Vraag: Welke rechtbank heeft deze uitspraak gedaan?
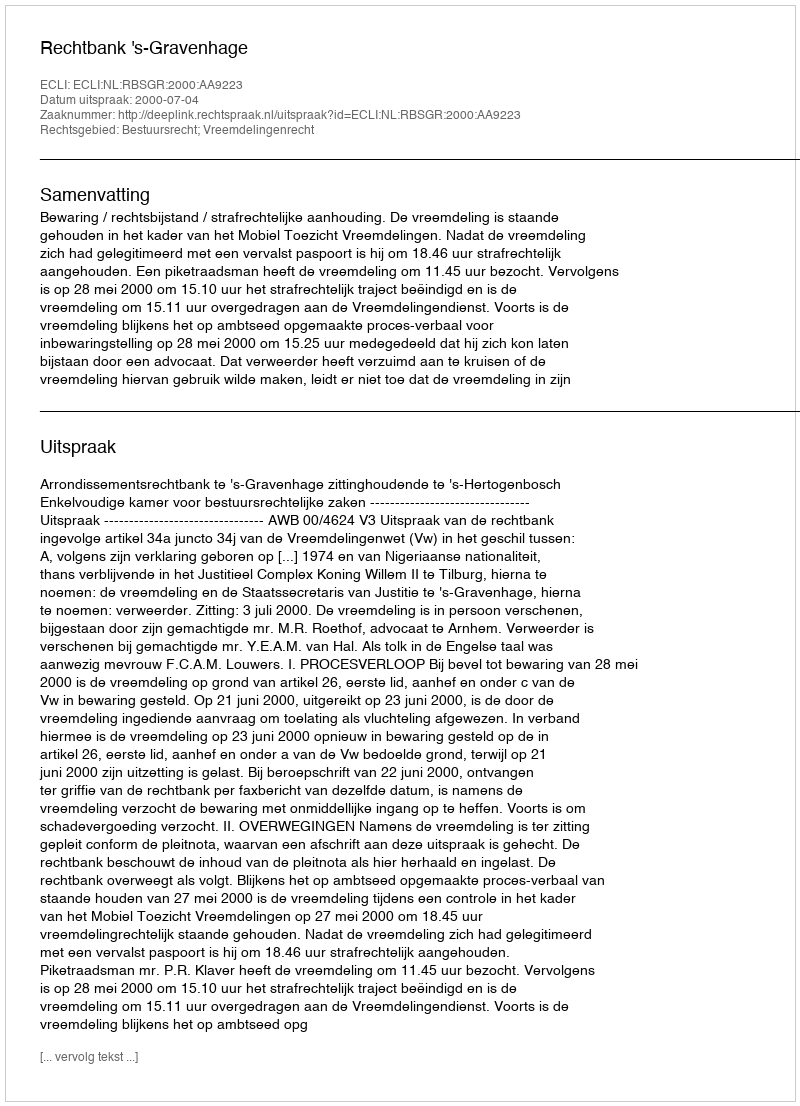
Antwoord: Rechtbank 's-Gravenhage